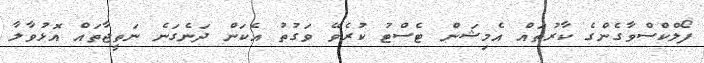
ފޯލްކްސްވާގެންގެ ކާރުތައް އެމިޝަން ޓެސްޓު ކުރެވޭ ވަގުތު އެކަން ދަނެގަނެ ނަތީޖާތައް އޮޅުވާލާ